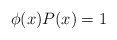
\begin{align*}\phi(x)P(x)=1\end{align*}